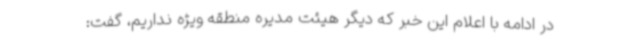
در ادامه با اعلام این خبر که دیگر هیئت مدیره منطقه ویژه نداریم، گفت: